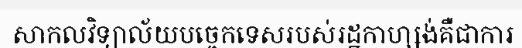
សាកលវិទ្យាល័យបច្ចេកទេសរបស់រដ្ឋកាហ្សង់គឺជាការ